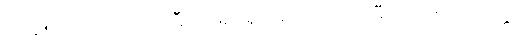
(ဋ္ဌ-၃၅၂) သာ၊ ထိုကာဠီ အမည်ရှိသော သတို့သမီးသည်။ ဝယပ္ပတ္တာ၊